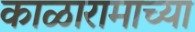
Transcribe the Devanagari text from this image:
काळारामाच्या